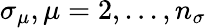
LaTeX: {\sigma}_{\mu},\mu=2,...,n_{\sigma}